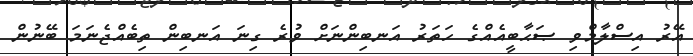
އޭރު އިސްލާމްވި ޞަޙާބީއެއްގެ ހަތަރު އަނބިންނަށް ވުރެ ގިނަ އަނބިން ތިބެއްޖެނަމަ ބޭނުން